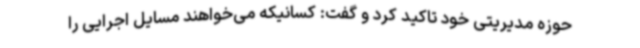
حوزه مدیریتی خود تاکید کرد و گفت: کسانیکه می‌خواهند مسایل اجرایی را